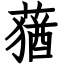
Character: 蕕